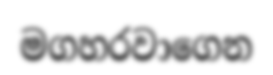
මගහරවාගෙන